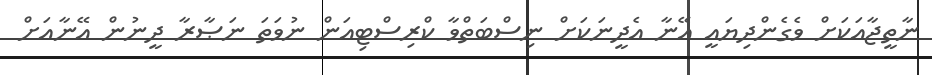
ނާތީޖާއަކަށް ވެގެންދިޔައީ އޭނާ އެދީނަކަށް ނިސްބަތްވާ ކްރިސްޓިއަން ނުވަތަ ނަޞާރާ ދީނުން އޭނާއަށް